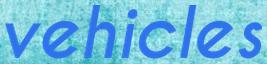
vehicles